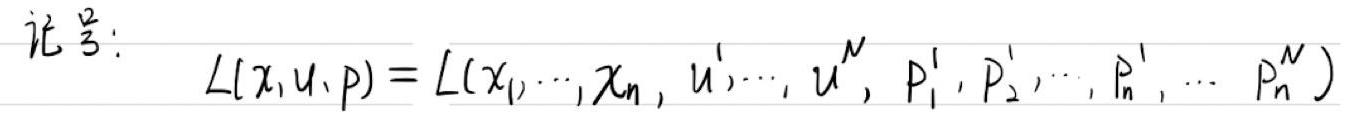
记 $\mathcal{L}$:
\[
\mathcal{L}(\mathbf{x}, \mathbf{u}, \mathbf{p})=\mathcal{L}(x_1, \cdots, x_n, u^1, \cdots, u^N, p_1^1, p_2^1, \cdots, p_n^1, \cdots, p_n^N)
\]